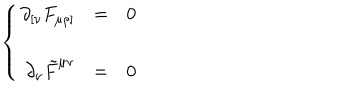
\left\{ \begin{array} { r c l } { { \partial _ { [ \nu } F _ { \mu \rho ] } } } & { { = } } & { { 0 } } \\ { { } } & { { } } & { { } } \\ { { \partial _ { \nu } \tilde { F } ^ { \mu \nu } } } & { { = } } & { { 0 } } \\ \end{array} \right.